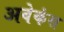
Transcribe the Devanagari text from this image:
अवेकंस